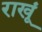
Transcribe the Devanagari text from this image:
राखूं